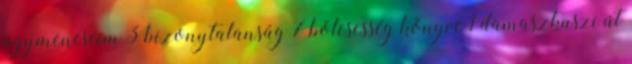
agymenéseim 3 bizonytalanság 7 bölcsesség könyve 1 damaszkuszi út